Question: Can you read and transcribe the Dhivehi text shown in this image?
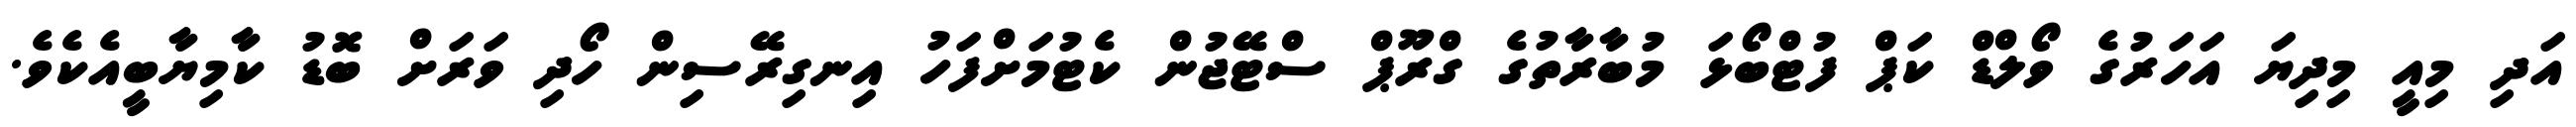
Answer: އަދި މިއީ މިދިޔަ އަހަރުގެ ވޯލްޑް ކަޕް ފުޓްބޯޅަ މުބާރާތުގެ ގްރޫޕް ސްޓޭޖުން ކެޓުމަށްފަހު އިނގިރޭސިން ހޯދި ވަރަށް ބޮޑު ކާމިޔާބީއެކެވެ.